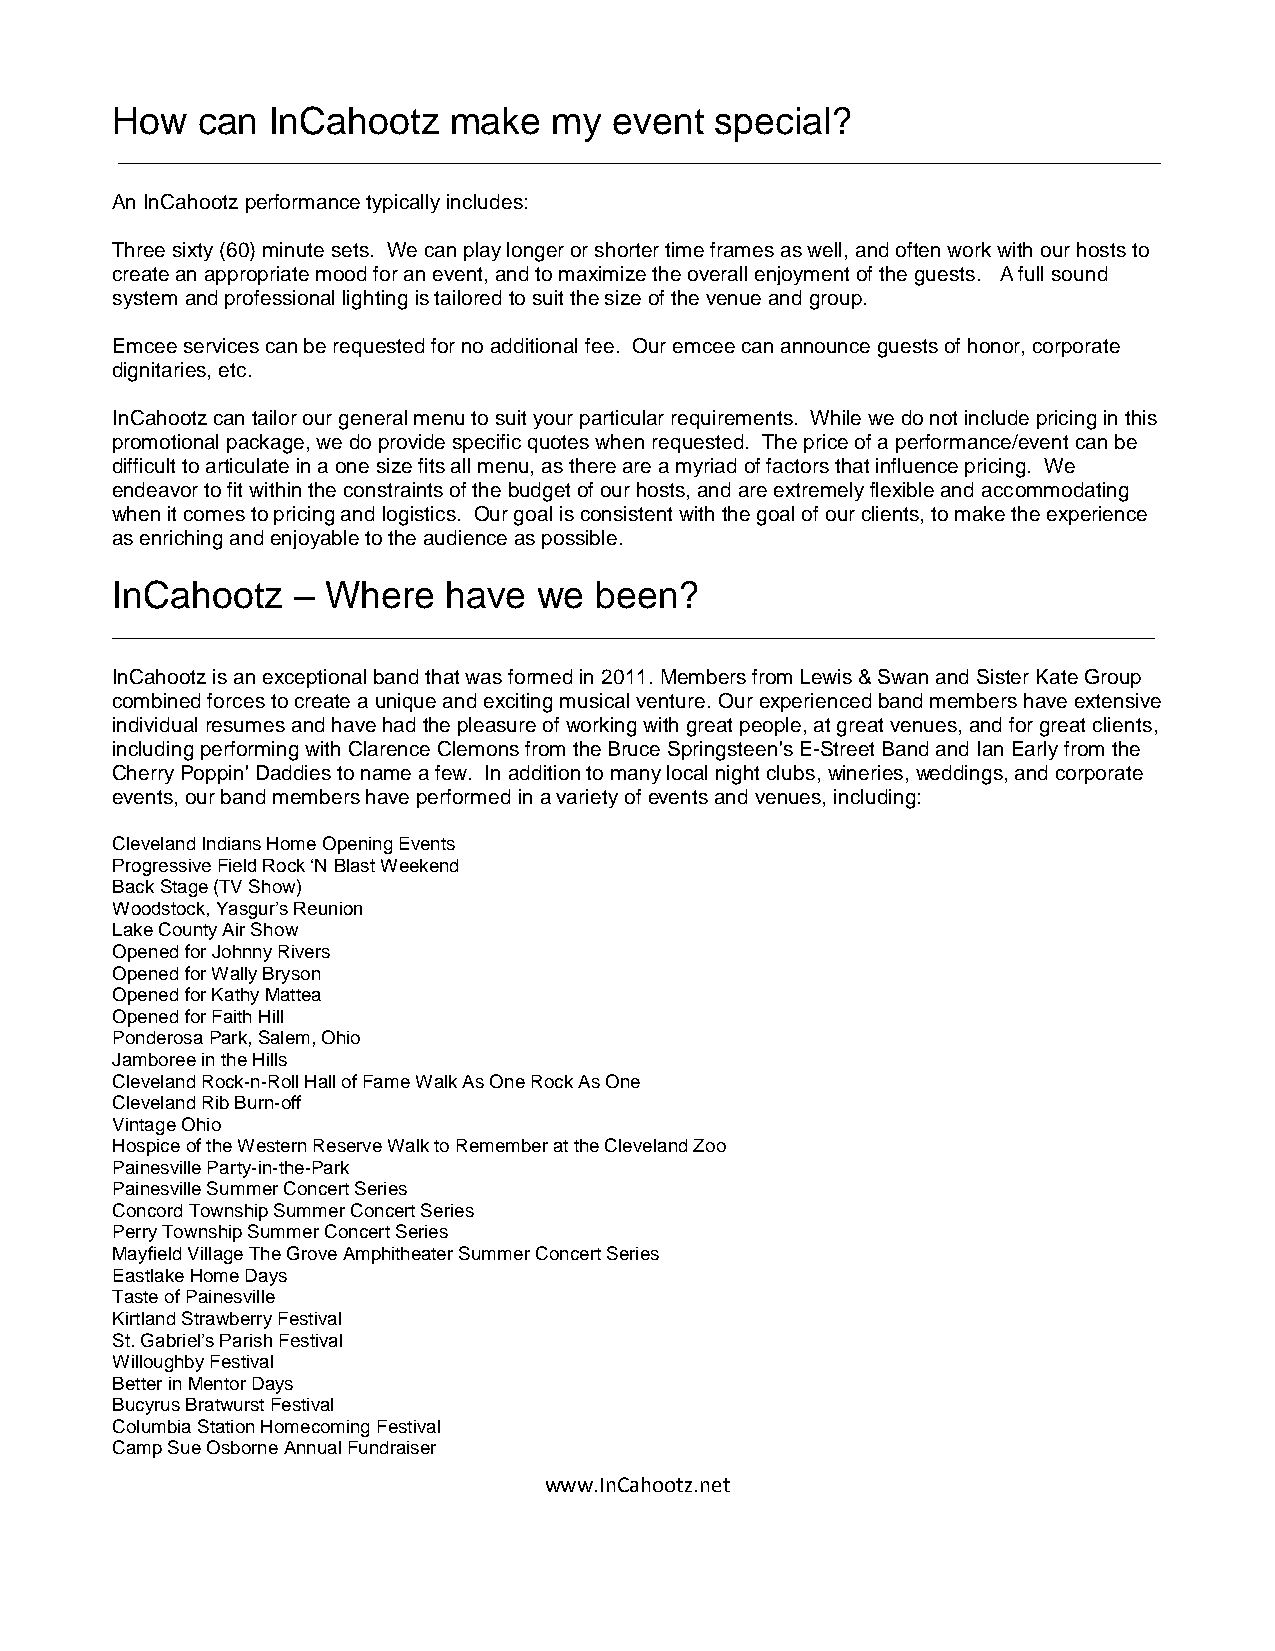
How   can  InCahootz   make   my  event special?
 __________________________________________________________________________________________
 An InCahootz performance typically includes:
 Three sixty (60) minute sets. We can play longer or shorter time frames as well, and often work with our hosts to
 create an appropriate mood for an event, and to maximize the overall enjoyment of the guests. A full sound
 system and professional lighting is tailored to suit the size of the venue and group.
 Emcee services can be requested for no additional fee. Our emcee can announce guests of honor, corporate
 dignitaries, etc.
 InCahootz can tailor our general menu to suit your particular requirements. While we do not include pricing in this
 promotional package, we do provide specific quotes when requested. The price of a performance/event can be
 difficult to articulate in a one size fits all menu, as there are a myriad of factors that influence pricing. We
 endeavor to fit within the constraints of the budget of our hosts, and are extremely flexible and accommodating
 when it comes to pricing and logistics. Our goal is consistent with the goal of our clients, to make the experience
 as enriching and enjoyable to the audience as possible.
 InCahootz   –  Where   have  we been?
 __________________________________________________________________________________________
 InCahootz is an exceptional band that was formed in 2011. Members from Lewis & Swan and Sister Kate Group
 combined forces to create a unique and exciting musical venture. Our experienced band members have extensive
 individual resumes and have had the pleasure of working with great people, at great venues, and for great clients,
 including performing with Clarence Clemons from the Bruce Springsteen's E-Street Band and Ian Early from the
 Cherry Poppin' Daddies to name a few. In addition to many local night clubs, wineries, weddings, and corporate
 events, our band members have performed in a variety of events and venues, including:
 Cleveland Indians Home Opening Events
 Progressive Field Rock ‘N Blast Weekend
 Back Stage (TV Show)
 Woodstock, Yasgur’s Reunion
 Lake County Air Show
 Opened for Johnny Rivers
 Opened for Wally Bryson
 Opened for Kathy Mattea
 Opened for Faith Hill
 Ponderosa Park, Salem, Ohio
 Jamboree in the Hills
 Cleveland Rock-n-Roll Hall of Fame Walk As One Rock As One
 Cleveland Rib Burn-off
 Vintage Ohio
 Hospice of the Western Reserve Walk to Remember at the Cleveland Zoo
 Painesville Party-in-the-Park
 Painesville Summer Concert Series
 Concord Township Summer Concert Series
 Perry Township Summer Concert Series
 Mayfield Village The Grove Amphitheater Summer Concert Series
 Eastlake Home Days
 Taste of Painesville
 Kirtland Strawberry Festival
 St. Gabriel’s Parish Festival
 Willoughby Festival
 Better in Mentor Days
 Bucyrus Bratwurst Festival
 Columbia Station Homecoming Festival
 Camp Sue Osborne Annual Fundraiser
 www.InCahootz.net